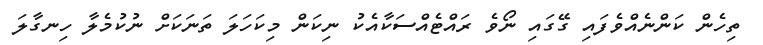
ތިހެން ކަންނެއްވެފައި ގޭގައި ނޯވެ ރައްޓެއްސަކާއެކު ނިކަން މިކަހަލަ ތަނަކަށް ނުކުމެލާ ހިނގާލަ